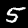
Digit: 5